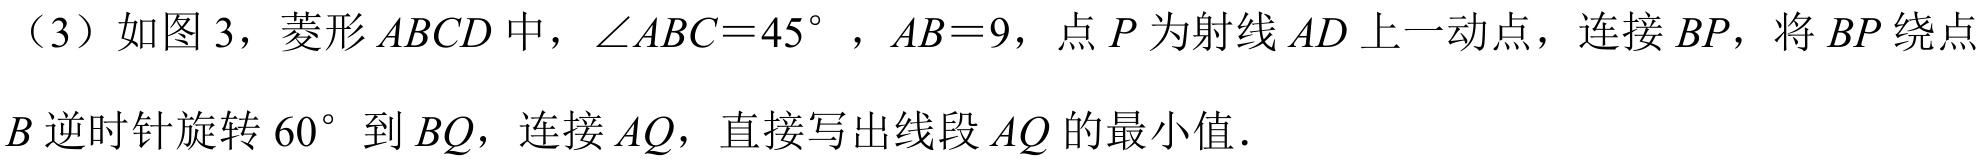
（3）如图 3，菱形\(ABCD\)中，\(\angle ABC = 45^{\circ}\)，\(AB = 9\)，点\(P\)为射线\(AD\)上一动点，连接\(BP\)，将\(BP\)绕点\(B\)逆时针旋转\(60^{\circ}\)到\(BQ\)，连接\(AQ\)，直接写出线段\(AQ\)的最小值．